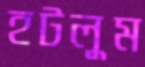
হটলুম